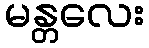
မန္တလေး